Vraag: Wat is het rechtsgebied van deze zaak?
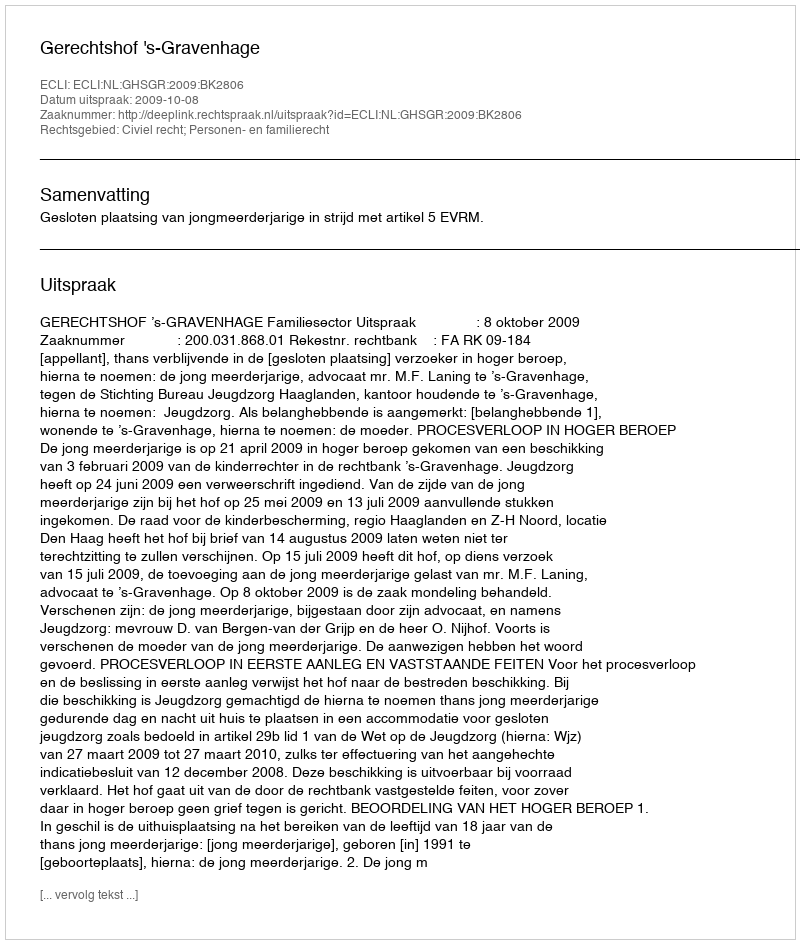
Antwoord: Civiel recht; Personen- en familierecht